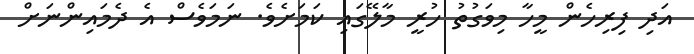
އަދި ފިރިހެން މީހާ މިވަގުތު ހުރީ މާލޭގައި ކަމަށެވެ. ނަމަވެސް އެ ދެމައިންނަށް